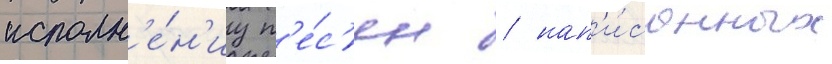
исполн'е́н'иу п'е́с'ен / нап'и́санных